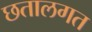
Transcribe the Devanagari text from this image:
छतालगत